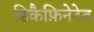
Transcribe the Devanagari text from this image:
डिकैफ़िनेटेड